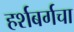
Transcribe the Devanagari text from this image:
हर्शबर्गचा